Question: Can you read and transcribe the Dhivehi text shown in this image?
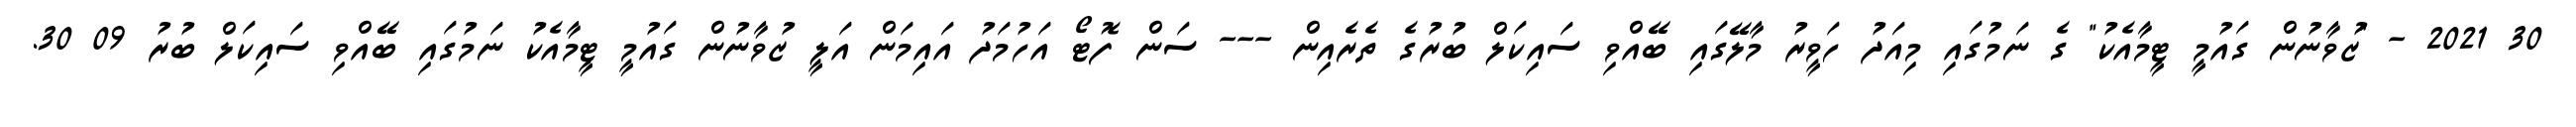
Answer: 30 2021 - "ޒުވާނުން ގައުމީ ޓީމާއެކު" ގެ ނަމުގައި މިއަދު ހަވީރު މާލޭގައި ބޭއްވި ސައިކަލް ބުރުގެ ތެރެއިން --- ސަން ފޮޓޯ އަހުމަދު އައިމަން އަލީ ޒުވާނުން ގައުމީ ޓީމާއެކު ނަމުގައި ބޭއްވި ސައިކަލް ބުރު 09 30.